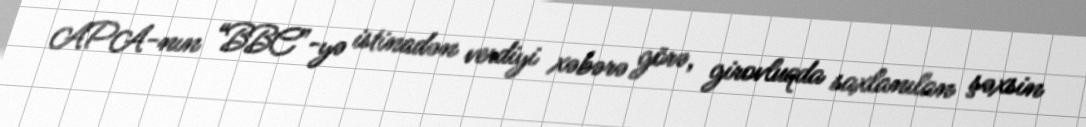
APA-nın “BBC”-yə istinadən verdiyi xəbərə görə, girovluqda saxlanılan şəxsin